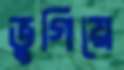
ভুগিয়ে